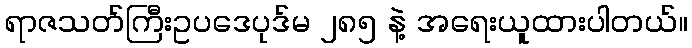
ရာဇသတ်ကြီးဥပဒေပုဒ်မ ၂၈၅ နဲ့ အရေးယူထားပါတယ်။